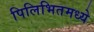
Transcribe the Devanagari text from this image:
पिलिभितमध्ये